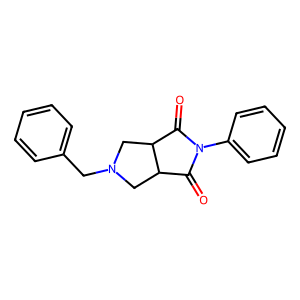
SMILES: O=C1C2CN(Cc3ccccc3)CC2C(=O)N1c1ccccc1
Inhibits HIV replication: No